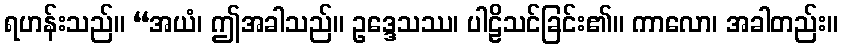
ရဟန်းသည်။ “အယံ၊ ဤအခါသည်။ ဥဒ္ဒေသဿ၊ ပါဠိသင်ခြင်း၏။ ကာလော၊ အခါတည်း။